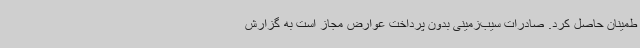
طمینان حاصل کرد. صادرات سیب‌زمینی بدون پرداخت عوارض مجاز است به گزارش